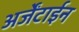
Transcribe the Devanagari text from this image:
अर्जेंटाईन